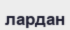
лардан